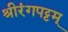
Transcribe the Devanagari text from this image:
श्रीरंगपट्टम्